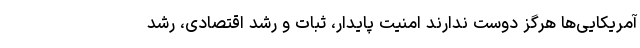
آمریکایی‌ها هرگز دوست ندارند امنیت پایدار، ثبات و رشد اقتصادی، رشد